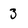
Character: 3